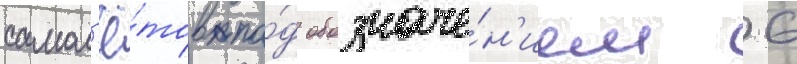
самол'ё́тов по́д обозначе́н'ием 6